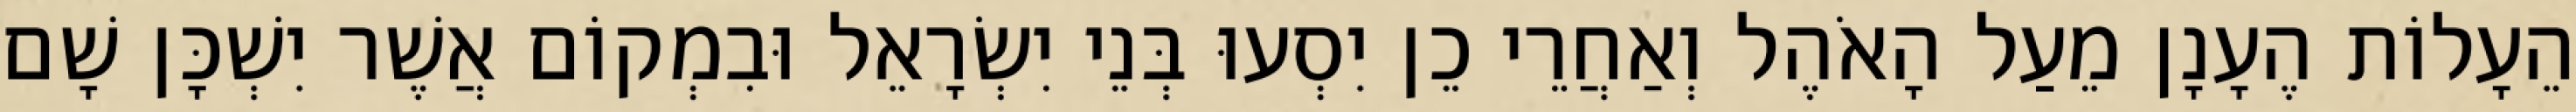
הֵעָלוֹת הֶעָנָן מֵעַל הָאֹהֶל וְאַחֲרֵי כֵן יִסְעוּ בְּנֵי יִשְׂרָאֵל וּבִמְקוֹם אֲשֶׁר יִשְׁכָּן שָׁם